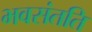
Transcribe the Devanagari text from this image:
भवसंतति